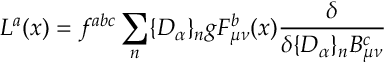
L ^ { a } ( x ) = f ^ { a b c } \sum _ { n } \{ D _ { \alpha } \} _ { n } g F _ { \mu \nu } ^ { b } ( x ) \frac { \delta } { \delta \{ D _ { \alpha } \} _ { n } B _ { \mu \nu } ^ { c } }